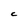
Character: C